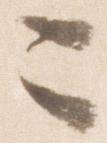
ニ